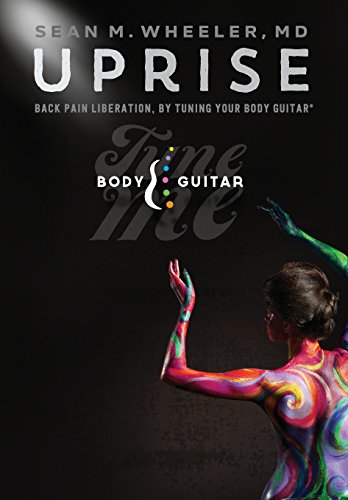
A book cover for UPRISE: Back Pain Liberation, by Tuning Your Body Guitar; Dr. Sean Wheeler; Health, Fitness & Dieting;